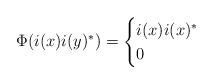
LaTeX: \begin{align*}\Phi(i(x)i(y)^*) = \begin{cases} i(x)i(x)^* & \\0& \end{cases}\end{align*}